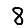
Digit: 8